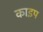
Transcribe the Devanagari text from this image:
काइप